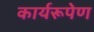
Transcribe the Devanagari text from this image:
कार्यरूपेण